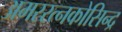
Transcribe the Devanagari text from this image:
अमररत्नकोसिन्द्र